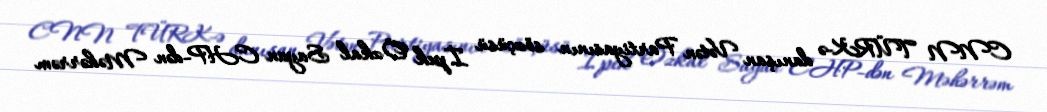
CNN TÜRK-ə danışan Vətən Partiyasının sözçüsü İpek Özkal Sayan CHP-dən Məhərrəm